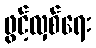
ဖွင့်လှစ်ရေး